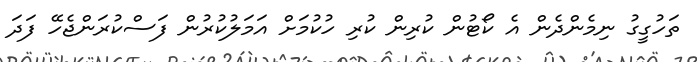
ތަހުގީގު ނިމެންދެން އެ ކޯޓުން ކުރިން ކުރި ހުކުމަށް އަމަލުކުރުން ފަސްކުރަންޖެހޭ ފަދަ